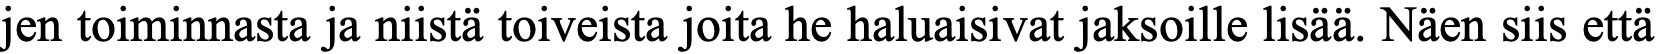
jen toiminnasta ja niistä toiveista joita he haluaisivat jaksoille lisää. Näen siis että